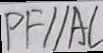
P F / / A C